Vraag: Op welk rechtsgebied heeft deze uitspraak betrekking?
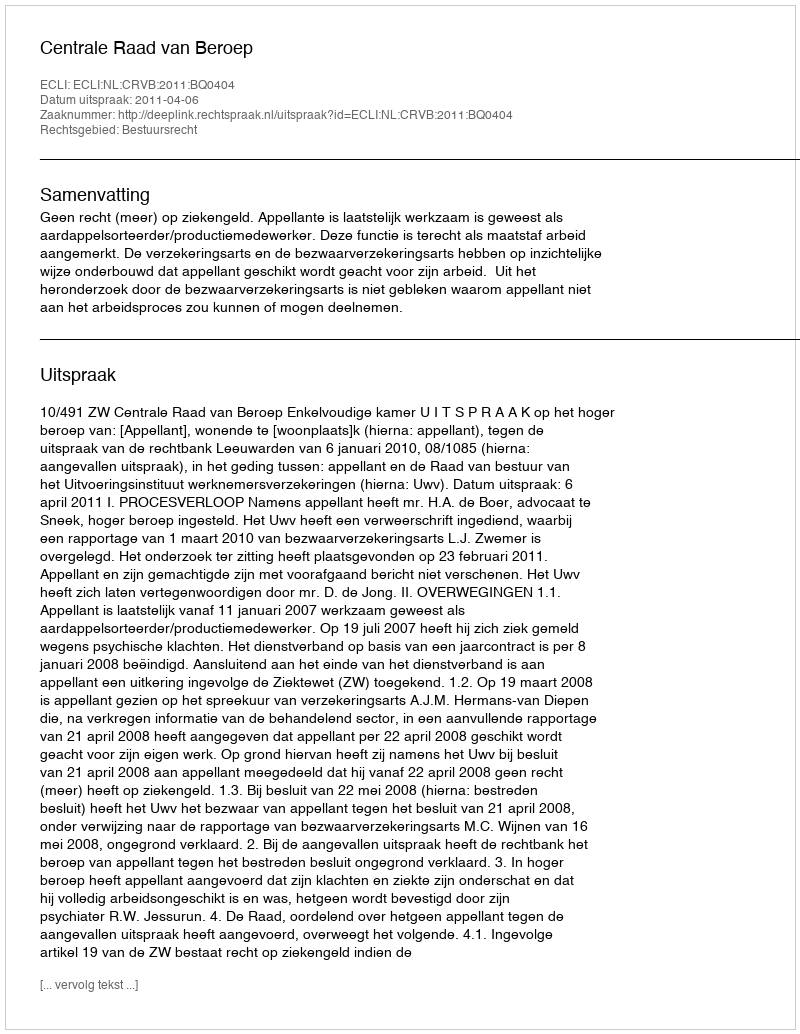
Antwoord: Bestuursrecht